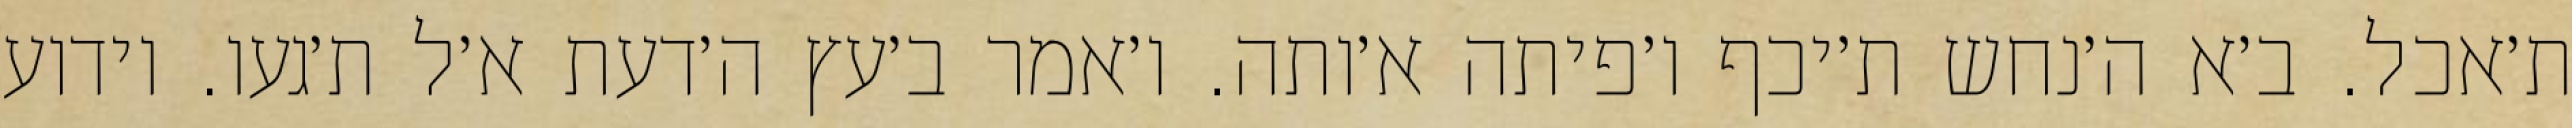
ת׳אכל. ב׳א ה׳נחש ת׳יכף ו׳פיתה א׳ותה. ו׳אמר ב׳עץ ה׳דעת א׳ל ת׳געו. וידוע